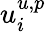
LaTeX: u_{i}^{u,p}